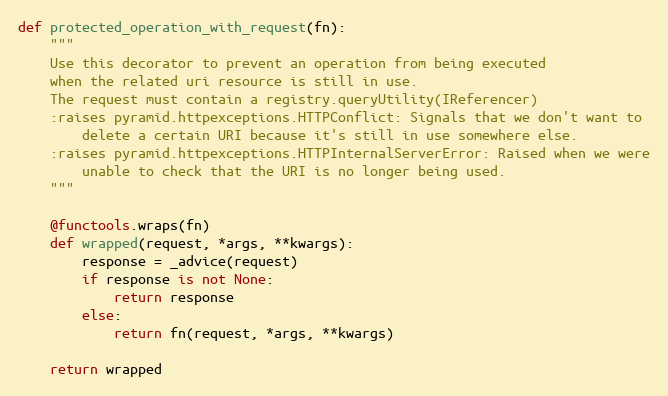
Language: Python
def protected_operation_with_request(fn):
    """
    Use this decorator to prevent an operation from being executed
    when the related uri resource is still in use.
    The request must contain a registry.queryUtility(IReferencer)
    :raises pyramid.httpexceptions.HTTPConflict: Signals that we don't want to
        delete a certain URI because it's still in use somewhere else.
    :raises pyramid.httpexceptions.HTTPInternalServerError: Raised when we were
        unable to check that the URI is no longer being used.
    """

    @functools.wraps(fn)
    def wrapped(request, *args, **kwargs):
        response = _advice(request)
        if response is not None:
            return response
        else:
            return fn(request, *args, **kwargs)

    return wrapped